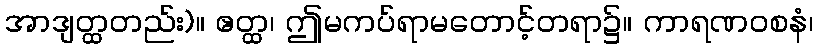
အာဒျတ္ထတည်း)။ ဧတ္ထ၊ ဤမကပ်ရာမတောင့်တရာ၌။ ကာရဏဝစနံ၊